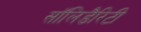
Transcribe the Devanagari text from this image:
सॉलिडैरिटी